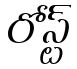
రోస్ట్